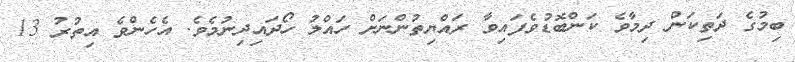
ބިމުގެ ދަތިކަން ދިމާވެ ކަންބޮޑުވެފައިވާ ރައްޔިތުންނަށް ހައްލު ހޯދައިދިނުމެވެ. އެހެންވެ އިތުރު 13